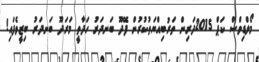
މޯލްޑިވްސް ކަޕް 2015ދަރިން ތަރުބިއްޔަތުކުރުން ފޭދޫ ބަނދަރު ހަދާތީ މަރަދޫ ބަނދަރު ބިޒީވެފައި!